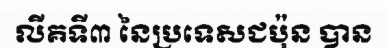
លីគទី៣ នៃប្រទេសជប៉ុន បាន